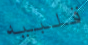
قلبيه